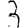
Digit: 3